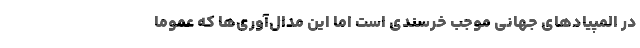
در المپیادهای جهانی موجب خرسندی است اما این مدال‌آوری‌ها که عموماً